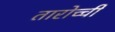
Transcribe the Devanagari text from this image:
तारोच्ची